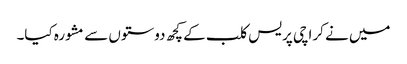
میں نے کراچی پریس کلب کے کچھ دوستوں سے مشورہ کیا۔